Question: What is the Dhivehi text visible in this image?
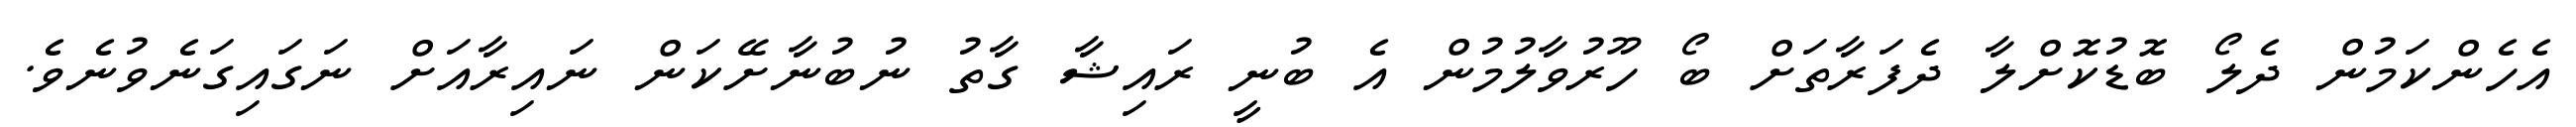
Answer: އެހެންކަމުން ދެލޯ ބޮޑުކޮށްލާ ދެފަރާތަށް ބޯ ހޫރުވާލުމުން އެ ބުނީ ރައިޝާ ގާތު ނުބުނާށޭކަން ނައިރާއަށް ނަގައިގަނެވުނެވެ.